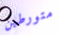
متورطين